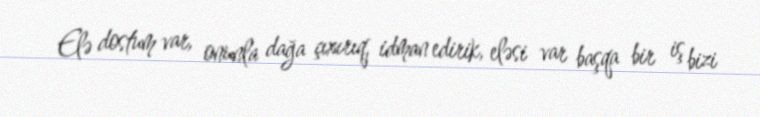
Elə dostum var, onunla dağa çıxırıq, idman edirik, eləsi var başqa bir iş bizi